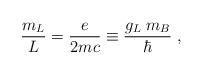
LaTeX: \begin{align*}\frac{m_{L}}{L} = \frac{e}{2 m c} \equiv \frac{g_{L} \; m_B}{\hbar} \; ,\end{align*}